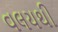
વલયથી